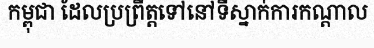
កម្ពុជា ដែលប្រព្រឹត្តទៅនៅទីស្នាក់ការកណ្តាល